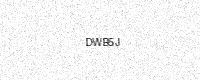
Text: DWB5J